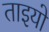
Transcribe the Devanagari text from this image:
ताइयो